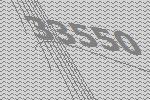
33550